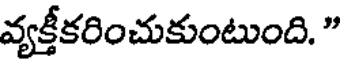
వ్యక్తీకరించుకుంటుంది. "